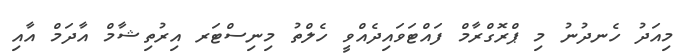
މިއަދު ހެނދުނު މި ޕްރޮގްރާމް ފައްޓަވައިދެއްވީ ހެލްތު މިނިސްޓަރ އިރުތިޝާމް އާދަމް އާއި